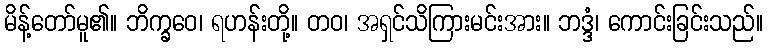
မိန့်တော်မူ၏။ ဘိက္ခဝေ၊ ရဟန်းတို့။ တဝ၊ အရှင်သိကြားမင်းအား။ ဘဒ္ဒံ၊ ကောင်းခြင်းသည်။